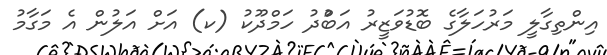
އިންތިގާލީ މަރުހަލާގެ ބޮޑުވަޒީރު އަބްުދު ހަމްދޫކު (ކ) އަށް އަލުން އެ މަގާމު